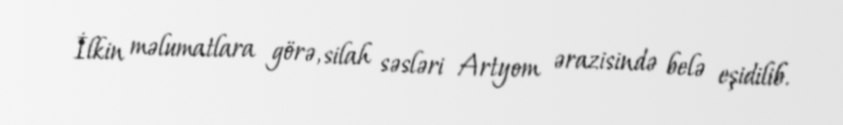
İlkin məlumatlara görə, silah səsləri Artyom ərazisində belə eşidilib.